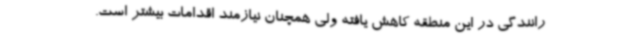
رانندگی در این منطقه کاهش یافته ولی همچنان نیازمند اقدامات بیشتر است.